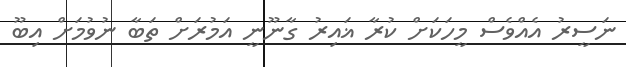
ނަސީރު އެއްވެސް މީހަކަށް ކުރާ ޣައިރު ގާނޫނީ އަމުރަށް ތަބާ ނުވުމަށް އިބޫ